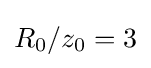
R_{0}/z_{0}=3